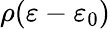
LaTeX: \rho(\varepsilon-\varepsilon_{0})